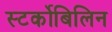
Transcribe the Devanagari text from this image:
स्‍टर्कोबिलिन